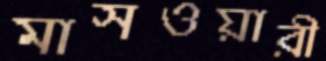
মাসওয়ারী